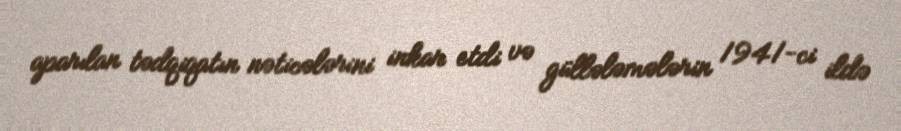
aparılan tədqiqatın nəticələrini inkar etdi və güllələmələrin 1941-ci ildə